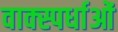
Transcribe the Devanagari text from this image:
वाक्स्पर्धाओं